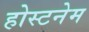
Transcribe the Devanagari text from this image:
होस्टनेम